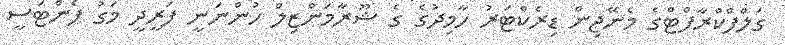
ގަލްފްކްރާފްޓްގެ މެނޭޖިން ޑިރެކްޓަރު ހާމިދުގެ ގެ ޝޫރާމަންޒިލް ހުންނަނީ ފަރީދީ މަގު ފެންޓަސީ